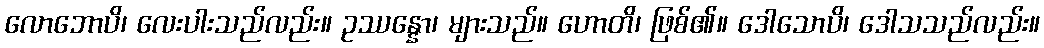
လောဘောပိ၊ လေးပါးသည်လည်း။ ဥဿန္နော၊ များသည်။ ဟောတိ၊ ဖြစ်၏။ ဒေါသောပိ၊ ဒေါသသည်လည်း။